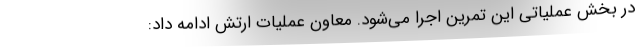
در بخش عملیاتی این تمرین اجرا می‌شود. معاون عملیات ارتش ادامه داد: